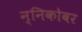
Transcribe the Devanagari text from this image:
न्निकोबर